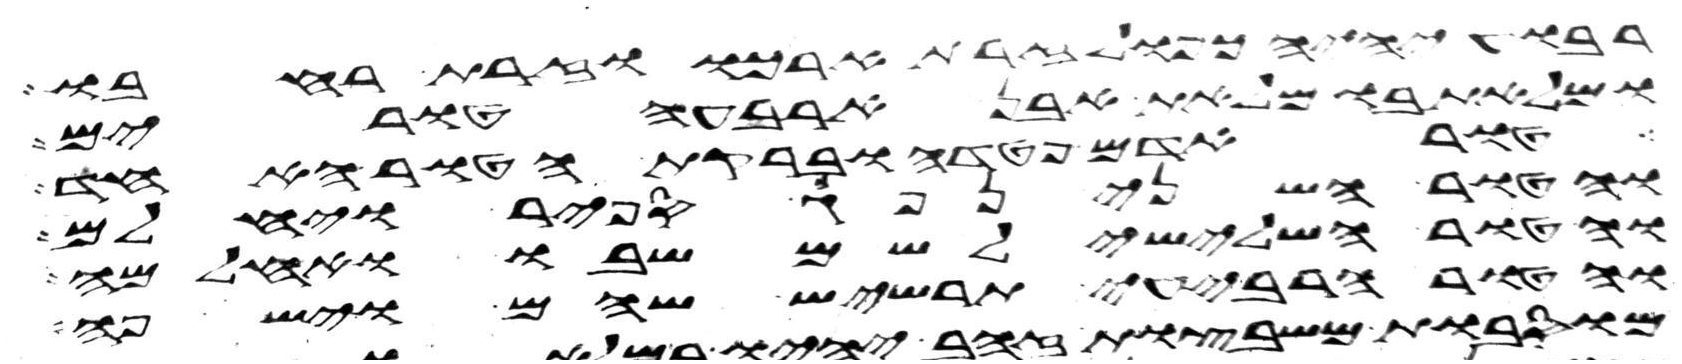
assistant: רבוע יהיה כפול זרת ארכו וזרת רחבו
ומלאת בו מלאת אבן ארבעה טורים
אדם פטדה וברקת הטור האחד
והטור השני נפך ספיר ויחלם
והטור השלישי לשם שבו ואחלמה
והטור הרביעי תרשיש שהם וישפה